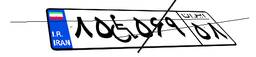
۸۵W۵۶۹۵۸